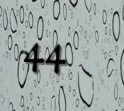
44